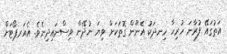
އަތުގައޭ ފުރާނަ ހުރިހާ ހިނދަކު އެނޫން ގޮތަކަށް ވިޔަ ނުދޭން ވިސްނައިދިނެވެ. އެއަރޕޯޓަށް